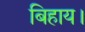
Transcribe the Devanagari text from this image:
बिहाय।